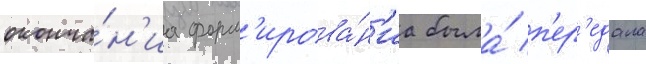
оконча́н'иа форм'ирова́н'иа была́ п'ер'едана